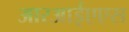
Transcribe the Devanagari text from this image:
आरआईएएस